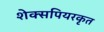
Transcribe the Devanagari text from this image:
शेक्सपियरकृत